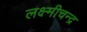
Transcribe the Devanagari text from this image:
लक्ष्मीचन्द्र